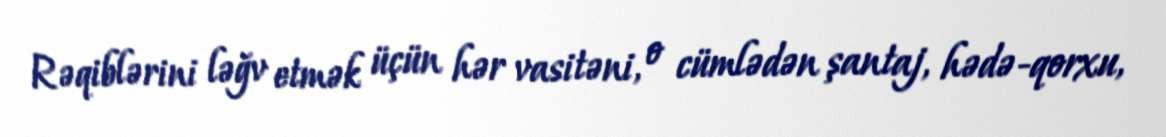
Rəqiblərini ləğv etmək üçün hər vasitəni, o cümlədən şantaj, hədə-qorxu,